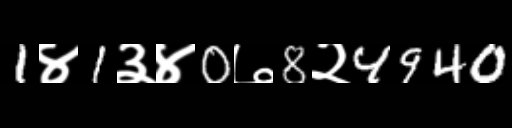
Text: 1४1३४0७8२4940